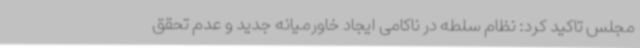
مجلس تاکید کرد: نظام سلطه در ناکامی ایجاد خاورمیانه جدید و عدم تحقق